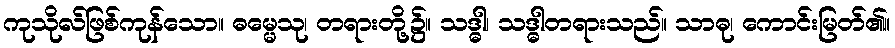
ကုသိုလ်ဖြစ်ကုန်သော။ ဓမ္မေသု၊ တရားတို့၌။ သဒ္ဓါ၊ သဒ္ဓါတရားသည်။ သာဓု၊ ကောင်းမြတ်၏။